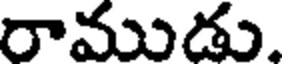
రాముడు.